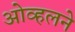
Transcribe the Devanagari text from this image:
ओव्हलने